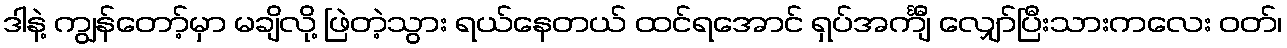
ဒါနဲ့ ကျွန်တော့်မှာ မချိလို့ ဖြဲတဲ့သွား ရယ်နေတယ် ထင်ရအောင် ရှပ်အင်္ကျီ လျှော်ပြီးသားကလေး ဝတ်၊